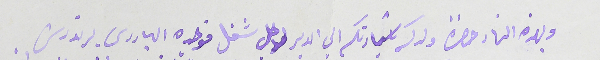
وبهذا النهار حضرة ولدكم سَيادتكم الى الدير لاجل شغل فوجده البادرى برنردس